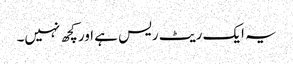
یہ ایک ریٹ ریس ہے اور کچھ نہیں۔